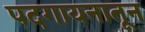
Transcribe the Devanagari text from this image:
पदगायनातून